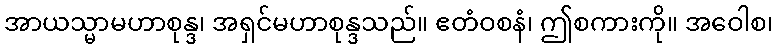
အာယသ္မာမဟာစုန္ဒ၊ အရှင်မဟာစုန္ဒသည်။ ဧတံဝစနံ၊ ဤစကားကို။ အဝေါစ၊